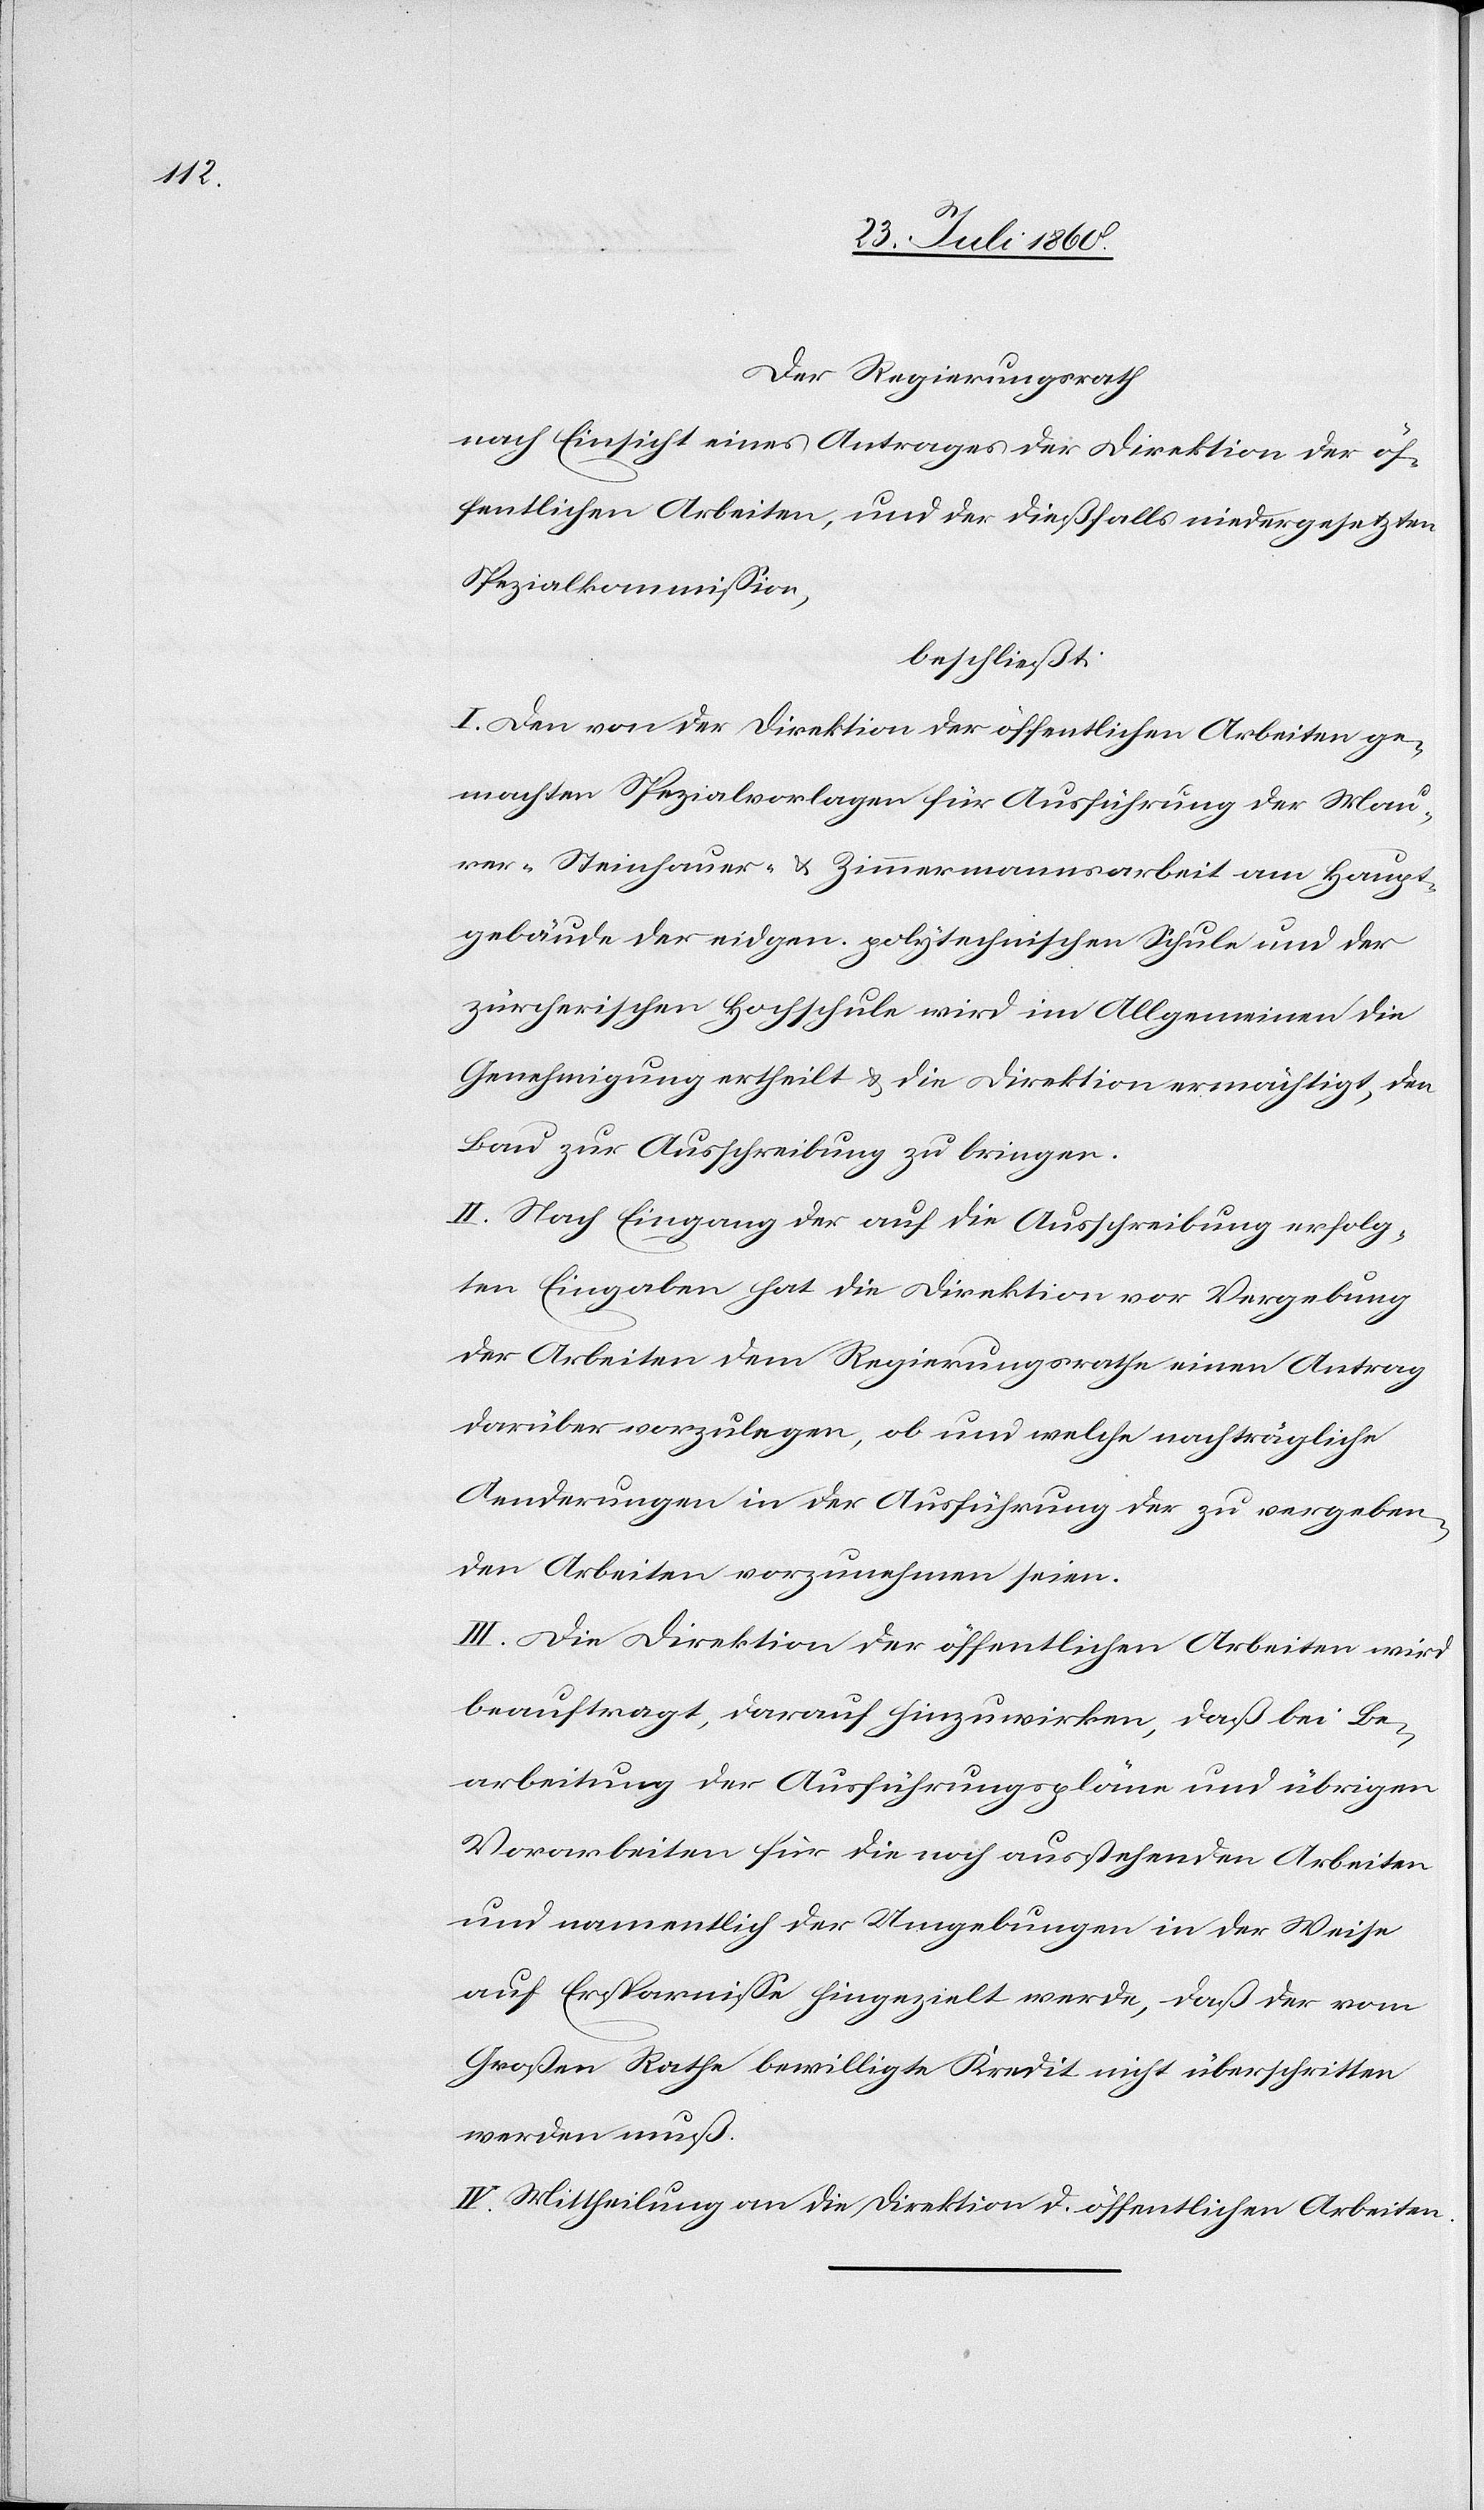
Der Regierungsrath,
nach Einsicht eines Antrages der Direktion der öf¬
fentlichen Arbeiten und der diesfalls niedergesetzten
Spezialkommission,
beschließt:
I. Den von der Direktion der öffentlichen Arbeiten ge¬
machten Spezialvorlagen für Ausführung der Mau¬
rer- Steinhauer- und Zimmermannsarbeit am Haupt¬
gebäude der eidgen. polytechnischen Schule und der
Zürcherischen Hochschule wird im Allgemeinen die
Genehmigung ertheilt und die Direktion ermächtigt, den
Bau zur Ausschreibung zu bringen.
II. Nach Eingang der auf die Ausschreibung erfolg¬
ten Eingaben hat die Direktion vor Vergebung
der Arbeiten dem Regierungsrathe einen Antrag
darüber vorzulegen, ob und welche nachträgliche
Aenderungen in der Ausführung der zu vergeben¬
den Arbeiten vorzunehmen seien.
III. Die Direktion der öffentlichen Arbeiten wird
beauftragt, darauf hinzuwirken, dass bei Be¬
arbeitung der Ausführungspläne und übrigen
Vorarbeiten für die noch ausstehenden Arbeiten
auf Ersparnisse hingezielt werde, dass der vom
Grossen Rathe bewilligte Kredit nicht überschritten
werden muss.
IV. Mittheilung an die Direktion der öffentlichen Arbeiten.